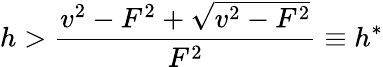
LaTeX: h>\frac{v^{2}-F^{2}+\sqrt{v^{2}-F^{2}}}{F^{2}}\equiv h^{*}